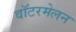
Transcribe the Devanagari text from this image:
वॉटरमेलन